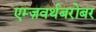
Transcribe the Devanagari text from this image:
एम्ज़वर्थबरोबर